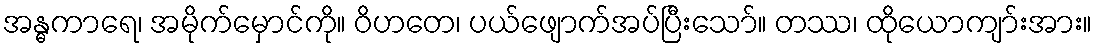
အန္ဓကာရေ၊ အမိုက်မှောင်ကို။ ဝိဟတေ၊ ပယ်ဖျောက်အပ်ပြီးသော်။ တဿ၊ ထိုယောကျာ်းအား။